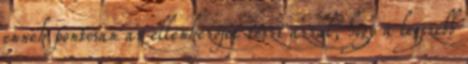
ennek pontosan az ellenkezőjét teszi azzal, hogy a legszebb